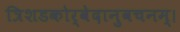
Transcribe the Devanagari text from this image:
त्रिशडकोर्वेदानुवचनम्।